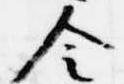
令